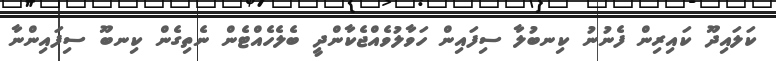
ކަލައިދޫ ކައިރިން ފެނުނު ކިނބުލާ ސިފައިން ހަވާލުވެއްޖެކާންދީ ބެލެހެއްޓެން ނެތިގެން ކިނބޫ ސިފައިންނާ